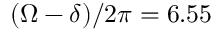
( \Omega - \delta ) / 2 \pi = 6 . 5 5